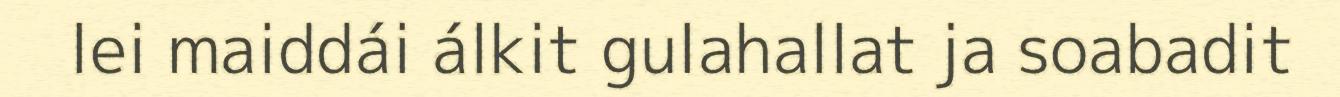
lei maiddái álkit gulahallat ja soabadit